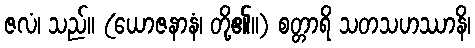
ဇလံ၊ သည်။ (ယောဇနာနံ၊ တို့၏။) စတ္တာရိ သတသဟဿာနိ၊